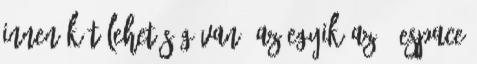
Innen két lehetőség van, az egyik az " espace